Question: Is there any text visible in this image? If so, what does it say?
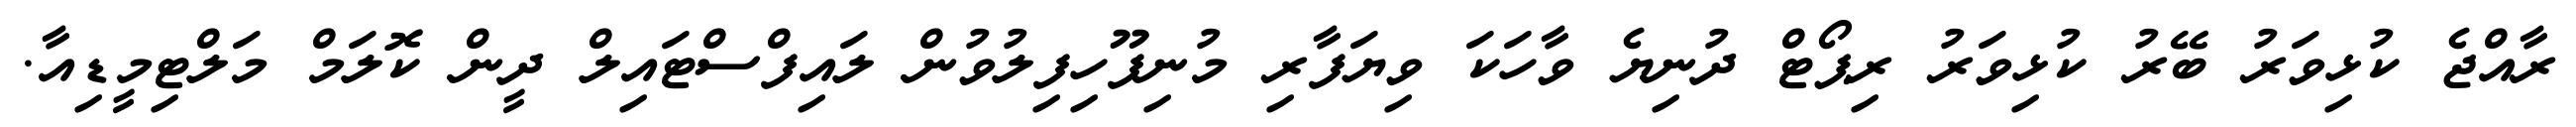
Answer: ރާއްޖެ ކުޅިވަރު ބޭރު ކުޅިވަރު ރިޕޯޓް ދުނިޔެ ވާހަކަ ވިޔަފާރި މުނިފޫހިފިލުވުން ލައިފްސްޓައިލް ދީން ކޮލަމް މަލްޓިމީޑިއާ.